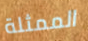
الممثلة